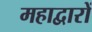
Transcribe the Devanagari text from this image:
महाद्वारों